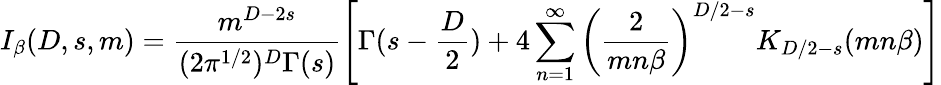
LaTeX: I_{\beta}(D,s,m)=\frac{m^{D-2s}}{(2\pi^{1/2})^{D}\Gamma(s)}\left[\Gamma(s-\frac{D}{2})+4\sum_{n=1}^{\infty}\left(\frac{2}{mn\beta}\right)^{D/2-s}K_{D/2-s}(mn\beta)\right]